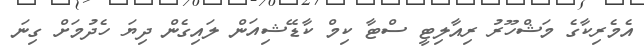
އެމެރިކާގެ މަޝްހޫރު ރިއާލިޓީ ސްޓާ ކިމް ކާޑޭޝިއަން ލައިގެން ދިޔަ ހެދުމަށް ގިނަ